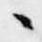
々